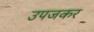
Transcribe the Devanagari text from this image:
उपजकर